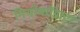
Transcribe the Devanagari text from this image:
नियोकॉडाटा